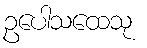
ဥပေါသထေသု